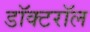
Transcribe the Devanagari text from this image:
डॉक्टरॉल